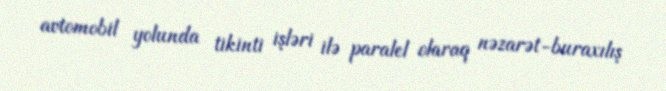
avtomobil yolunda tikinti işləri ilə paralel olaraq nəzarət-buraxılış